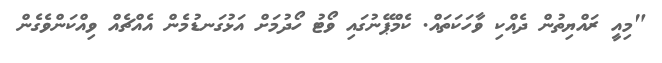
"މިއީ ރައްޔިތުން ދެއްކި ވާހަކަތައް. ކެމްޕޭނުގައި ވޯޓު ހޯދުމަށް އަޅުގަނޑުމެން އެއްޗެއް ވިއްކަންވެގެން